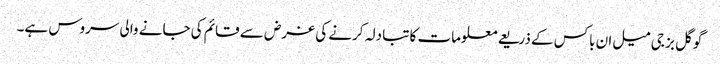
گوگل بز جی میل ان باکس کے ذریعے معلومات کا تبادلہ کرنے کی غرض سے قائم کی جانے والی سروس ہے۔